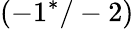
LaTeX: (-1^{*}/-2)